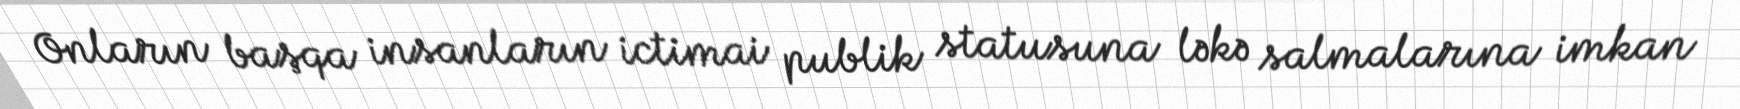
Onların başqa insanların ictimai publik statusuna ləkə salmalarına imkan